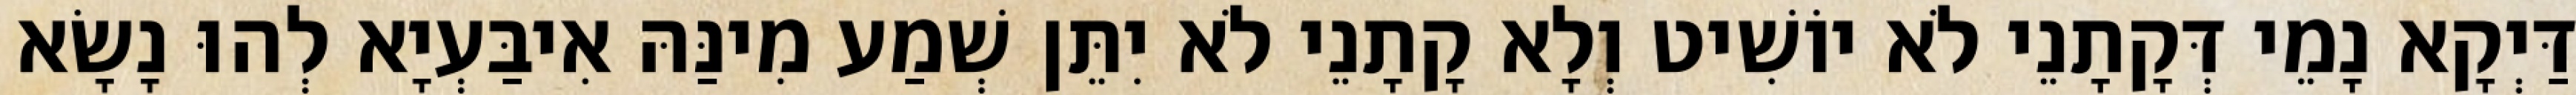
דַּיְקָא נָמֵי דְּקָתָנֵי לֹא יוֹשִׁיט וְלָא קָתָנֵי לֹא יִתֵּן שְׁמַע מִינַּהּ אִיבַּעְיָא לְהוּ נָשָׂא